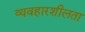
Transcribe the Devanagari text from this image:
व्यवहारशीलता